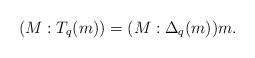
LaTeX: \begin{align*}(M:T_q(m)) = (M : \Delta_q(m)) m.\end{align*}